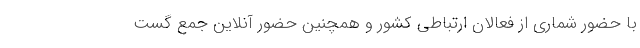
با حضور شماری از فعالان ارتباطی کشور و همچنین حضور آنلاین جمع گست